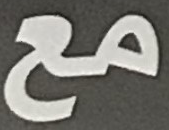
مع